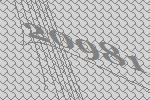
20981